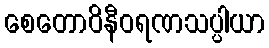
စေတောဝိနီဝရဏသပ္ပါယာ